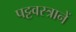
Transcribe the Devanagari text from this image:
पट्टवस्त्रानें